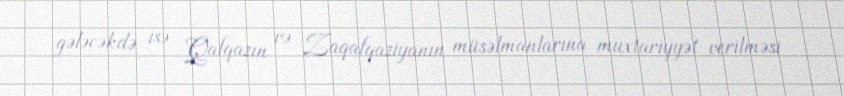
gələcəkdə isə Qafqazın və Zaqafqaziyanın müsəlmanlarına muxtariyyət verilməsi